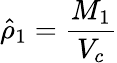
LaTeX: \hat{\rho}_{1}=\frac{M_{1}}{V_{c}}